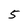
Character: 5